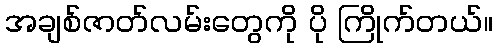
အချစ်ဇာတ်လမ်းတွေကို ပို ကြိုက်တယ်။